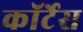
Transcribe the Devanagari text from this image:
कॉर्टेस